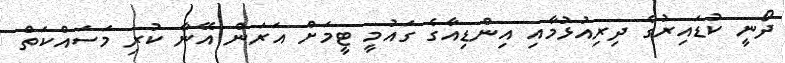
ދޯނީ ކުޑައިރުގެ ދިރިއުޅުމާއި އިންޑިއާގެ ގައުމީ ޓީމަށް އަރަން އޭނާ ކުރި މަސައްކަތް